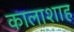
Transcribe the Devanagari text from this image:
कालाशाह